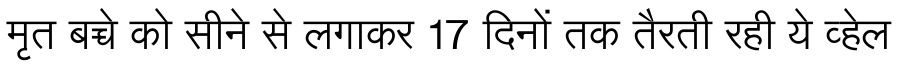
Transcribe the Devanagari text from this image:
मृत बच्चे को सीने से लगाकर 17 दिनों तक तैरती रही ये व्हेल